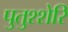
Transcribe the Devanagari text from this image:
पुतुश्शेरि